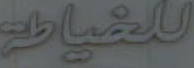
للخياطة